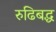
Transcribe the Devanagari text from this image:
रुढिबद्ध